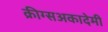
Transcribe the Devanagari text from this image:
क्रीग्सअकादेमी